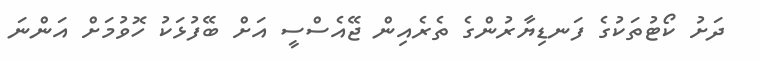
ދަށު ކޯޓުތަކުގެ ފަނޑިޔާރުންގެ ތެރެއިން ޖޭއެސްސީ އަށް ބޭފުޅަކު ހޮވުމަށް އަންނަ